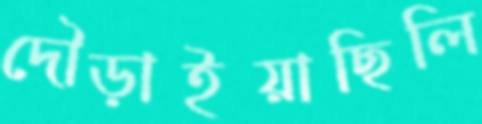
দৌড়াইয়াছিলি